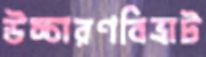
উচ্চারণবিভ্রাট